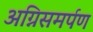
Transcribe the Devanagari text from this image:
अग्निसमर्पण